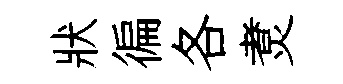
狀徧各煑